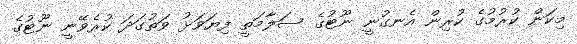
މިކަން ކުރުމުގެ ކުރިން އެނގުނީ ނޫޓުގެ ސަލާމަތީ ފިޔަވަޅު ވަތުގަދަ ކުރެވޭނީ ނޫޓުގެ